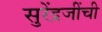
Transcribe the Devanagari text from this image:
सुरेंद्रजींची